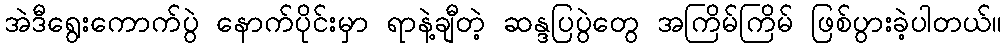
အဲဒီရွေးကောက်ပွဲ နောက်ပိုင်းမှာ ရာနဲ့ချီတဲ့ ဆန္ဒပြပွဲတွေ အကြိမ်ကြိမ် ဖြစ်ပွားခဲ့ပါတယ်။